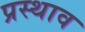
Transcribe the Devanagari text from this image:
प्रस्थाव